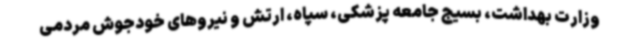
وزارت بهداشت، بسیج جامعه پزشکی، سپاه، ارتش و نیروهای خودجوش مردمی